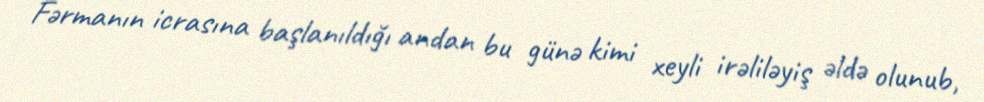
Fərmanın icrasına başlanıldığı andan bu günə kimi xeyli irəliləyiş əldə olunub,